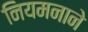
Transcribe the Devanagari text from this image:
नियमनाने